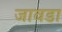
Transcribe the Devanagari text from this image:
जावडा